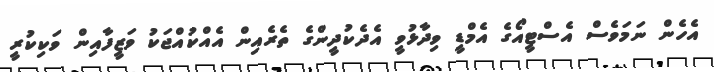
އެހެން ނަމަވެސް އެސްޓީއޯގެ އެމްޑީ ވިދާޅުވީ އެދެކުދީންގެ ތެރެއިން އެއްކުއްޖަކު ވަޒީފާއިން ވަކިކުރީ